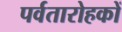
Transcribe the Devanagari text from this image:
पर्वतारोहकों